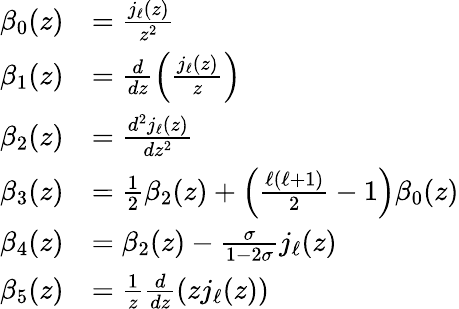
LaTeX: \begin{array}{rl}{\beta_{0}(z)}&{=\frac{j_{\ell}(z)}{z^{2}}}\\ {\beta_{1}(z)}&{=\frac{d}{dz}\left(\frac{j_{\ell}(z)}{z}\right)}\\ {\beta_{2}(z)}&{=\frac{d^{2}j_{\ell}(z)}{dz^{2}}}\\ {\beta_{3}(z)}&{=\frac{1}{2}\beta_{2}(z)+\left(\frac{\ell(\ell+1)}{2}-1\right)\beta_{0}(z)}\\ {\beta_{4}(z)}&{=\beta_{2}(z)-\frac{\sigma}{1-2\sigma}j_{\ell}(z)}\\ {\beta_{5}(z)}&{=\frac 1z\frac{d}{dz}(zj_{\ell}(z))}\end{array}